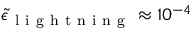
\tilde { \epsilon } _ { \mathrm { ~ l ~ i ~ g ~ h ~ t ~ n ~ i ~ n ~ g ~ } } \approx 1 0 ^ { - 4 }